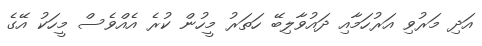
އަދި މަރުވި އަރުހަމާއި ދައުވާލިބޭ ހަތަރު މީހުން ކުރެ އެއްވެސް މީހަކު އޭގެ